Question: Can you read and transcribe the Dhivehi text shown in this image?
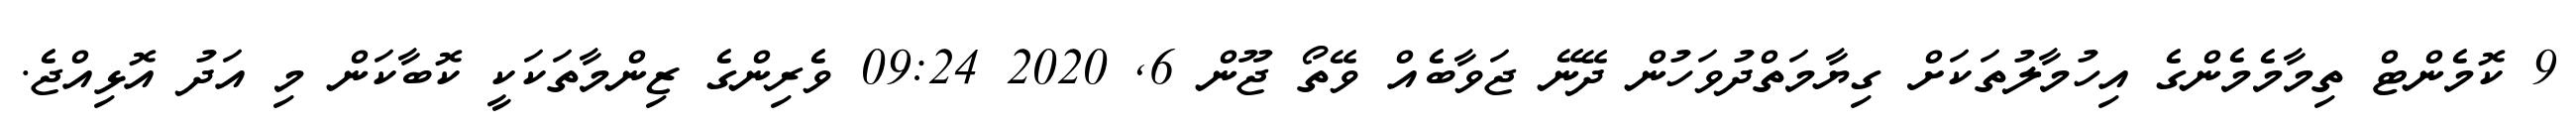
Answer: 9 ކޮމެންޓް ތިމާމެމެންގެ އިހުމާލުތަކަށް ގިޔާމަތްދުވަހުން ދޭނޭ ޖަވާބެއް ވޭތޯ ޖޫން 6, 2020 09:24 ވެރިންގެ ޒިންމާތަކަކީ ކޮބާކަން މި އަދު އޮޅިއްޖެ.